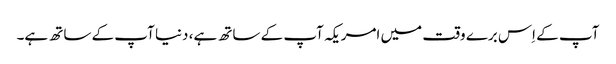
آپ کے اِس برے وقت میں امریکہ آپ کے ساتھ ہے، دنیا آپ کے ساتھ ہے۔